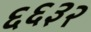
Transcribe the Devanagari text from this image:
६६३२